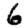
Digit: 6